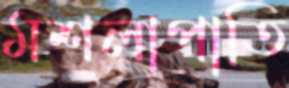
মশলাপাতি